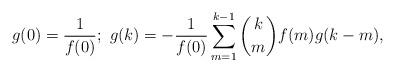
LaTeX: \begin{align*}g(0)=\frac{1}{f(0)};~g(k)=-\frac{1}{f(0)}\sum_{m=1}^{k-1}{k\choose m}f(m)g(k-m),\end{align*}